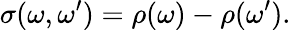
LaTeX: \sigma(\omega,\omega^{\prime})=\rho(\omega)-\rho(\omega^{\prime}).